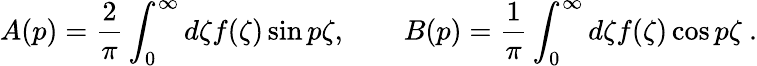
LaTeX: A(p)=\frac 2\pi\int_{0}^{\infty}d\zeta f(\zeta)\sin p\zeta,\qquad B(p)=\frac 1\pi\int_{0}^{\infty}d\zeta f(\zeta)\cos p\zeta\ .